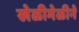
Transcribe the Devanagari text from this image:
खेळीमेळीने